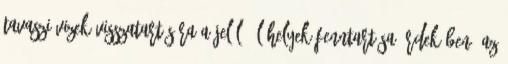
tavaszi vizek visszatartására a jelölő élőhelyek fenntartása érdekében, az